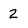
Character: 2